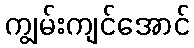
ကျွမ်းကျင်အောင်